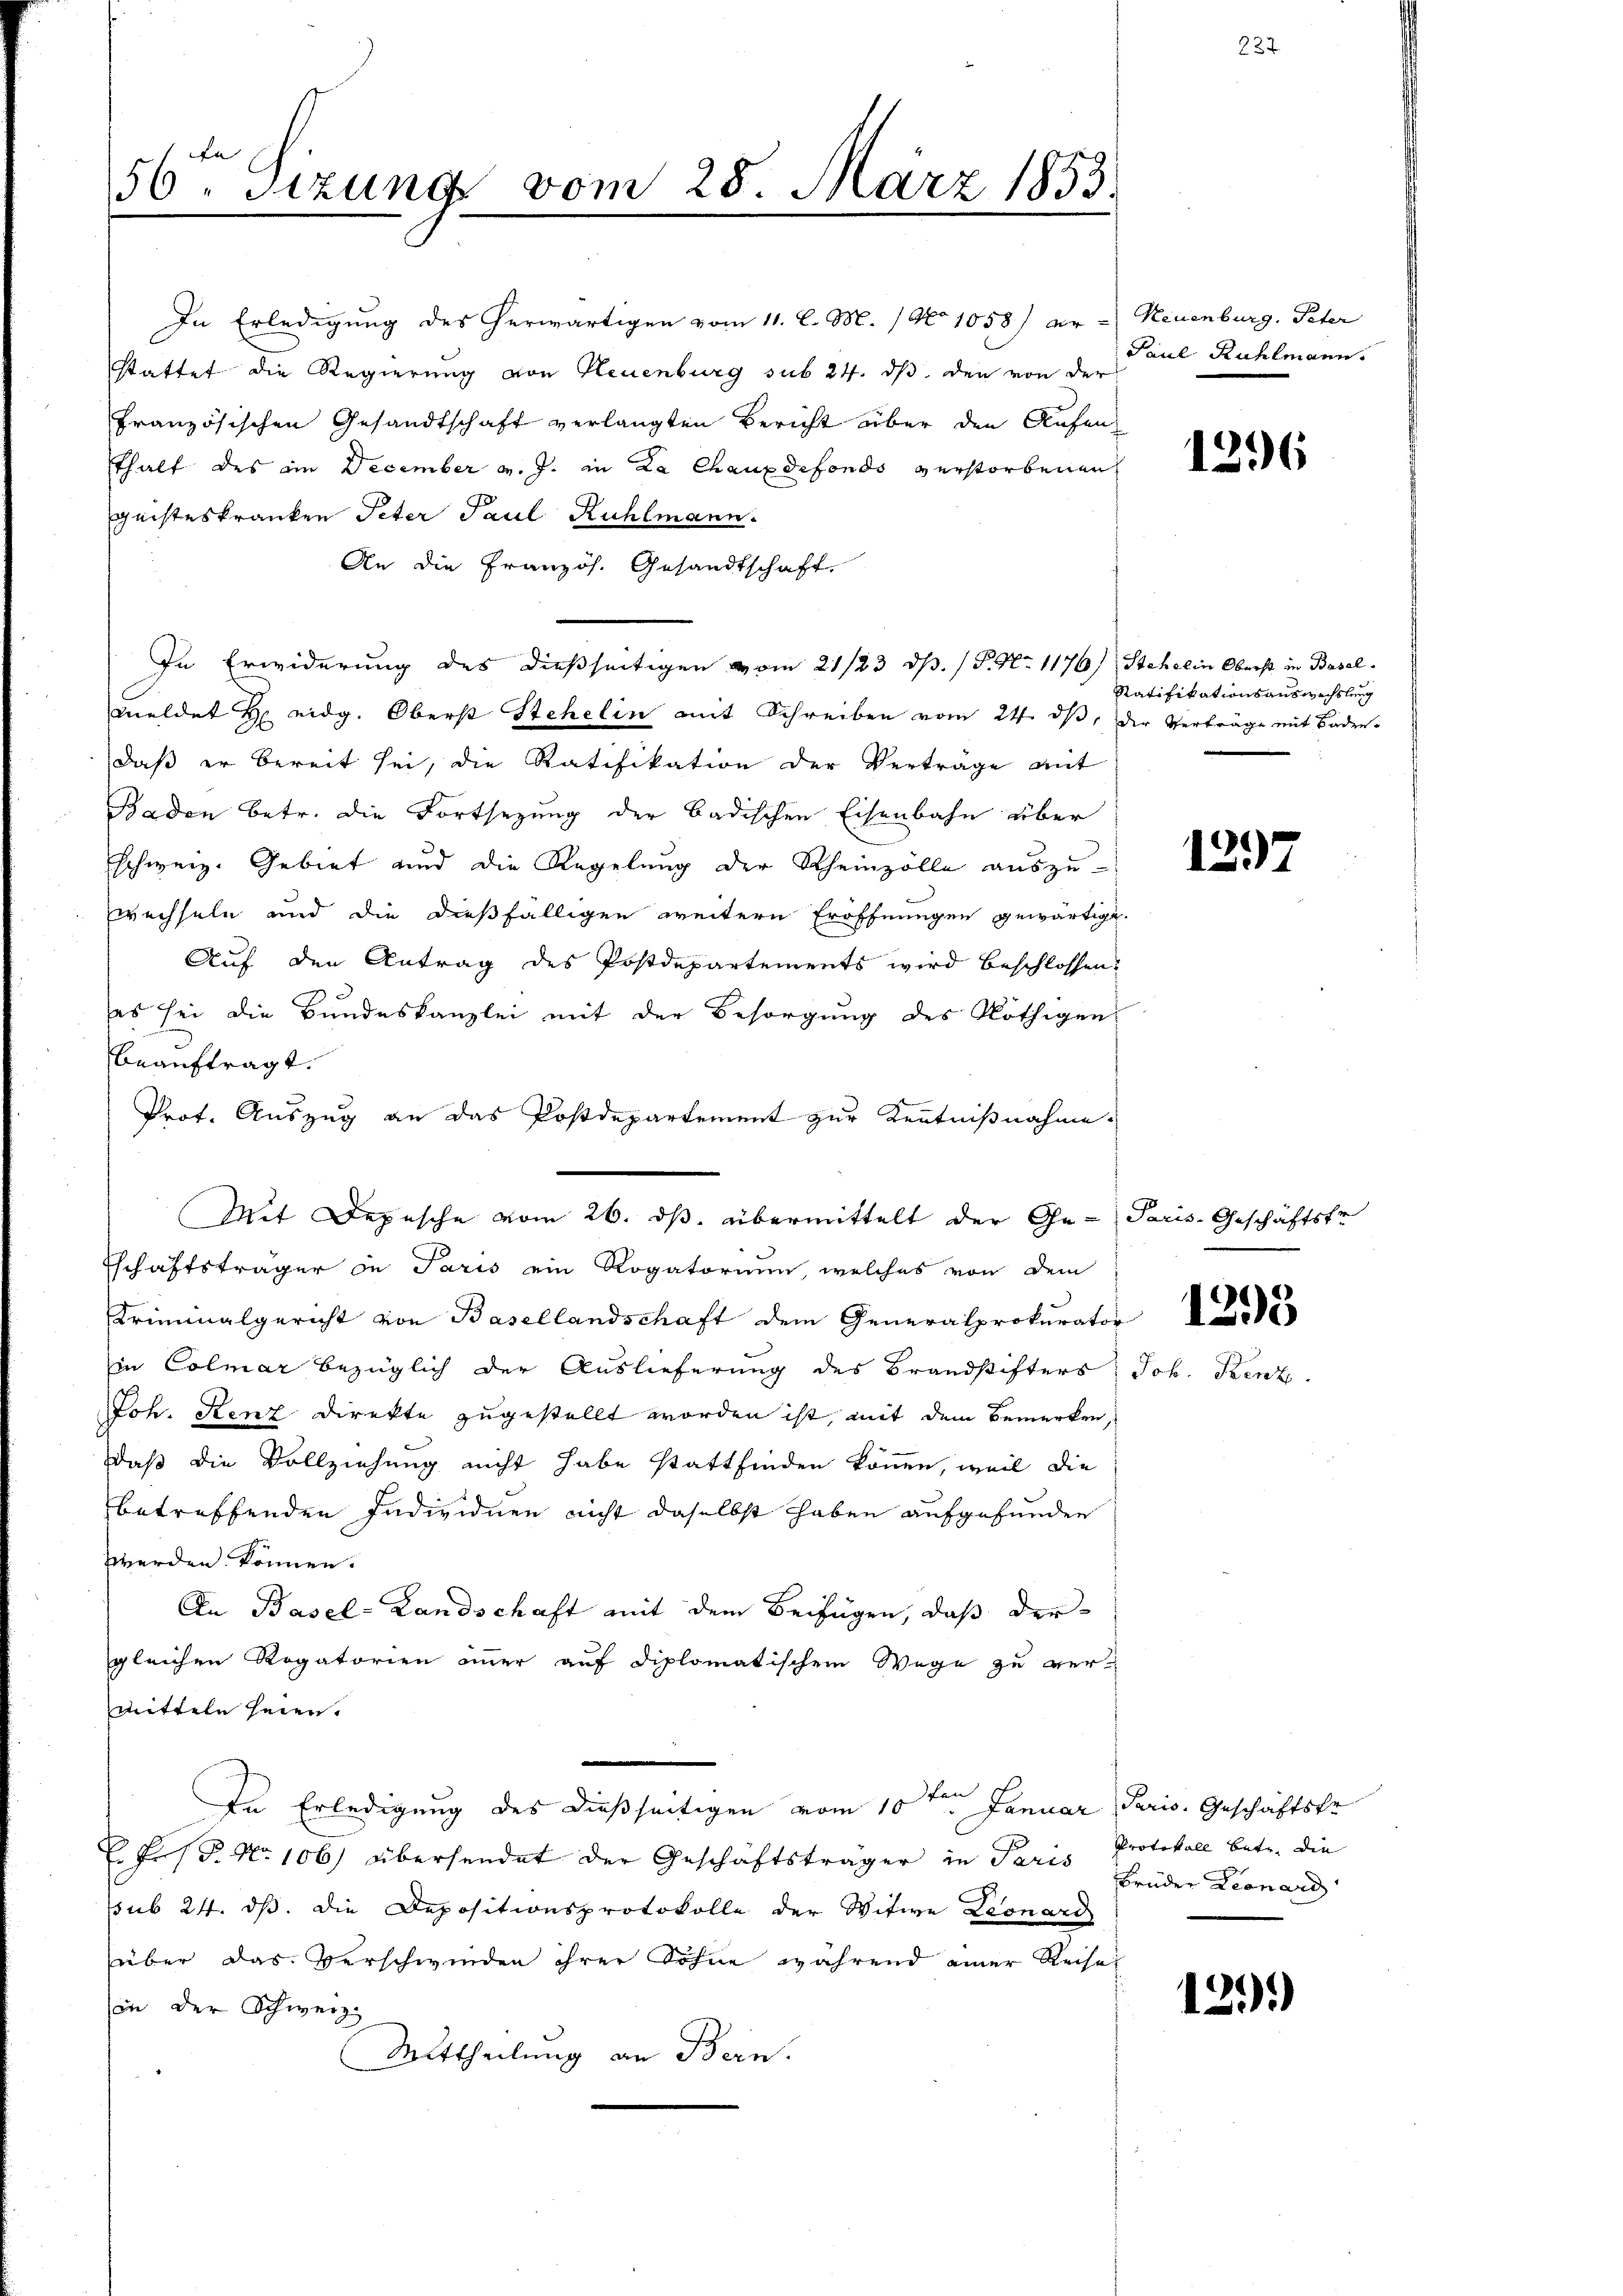
56ten Sizung vom 25. März 1853.

In Erledigung des herwärtigen vom 11. l. M. / No 1058) er - Neuenburg. Peter
stattet die Regierung von Neuenburg sub 24. ds. den von der
französischen Gesandtschaft verlangten Bericht über den Aufen
sthalt des am December v. J. in La Chauxdefondo verstorbenen
Geisteskranken Peter Paul Rühlmann.
An die Französ. Gesandtschaft.
In Erwiderung des dießseitigen vom 21/23. ds. / P. Nr. 1176) Stehelin Oberst in Baselmeldet H. eidg. Oberst Stehelin mit Schreiben vom 24. dβ, der Verträge mit Baden-
daß er bereit sei, die Ratifikation der Verträge mit
Baden betr. die Fortsezung der badischen Eisenbahn über
schweiz. Gebiet und die Regelung der Rheinzölle auszu-
wechseln und die dießfälligen weitern Eröffnungen gewärtigt.
Auf den Antrag des Postdepartements wird beschlossen:
es sei die Bundeskanzlei mit der Besorgung des Nöthigen
beauftragt.
Prof. Auszug an das Postdepartement zur Kenntnißnahme.
Mit Depesche vom 26. ds. übermittelt der Ge-Paris-Geschäftsfr
Tschaftsträger in Paris ein Rogatorium, welches von dem
Kriminalgericht von Basellandschaft dem Generalprokurator
in Colmar bezüglich der Auslieferung des Brandstifters: Joh. Fenz
Joh. Renz Direkte zugestellt worden ist, mit dem Bemerken,
Daß die Vollziehung nicht habe stattfinden können, weil die
betreffenden Individuen nicht daselbst haben aufgefunden
werden können.
An Basel-Landschaft mit dem Beifügen, daß der
gleichen Rogatorien immer auf diplomatischem Wege zu vermitteln seien.
n
In Erledigung des dießseitigen vom 10ten Januar Paris. Geschäftskr
E. F. P. Nr. 106) übersendet der Geschäftsträger in Paris Protokoll betr. die
ssub 24. ds. die Depositionsprotokolle der Witwe Leonard
über das Verschwinden ihrer Sohne während einer Reisel
(in der Schweiz.
Mittheilung an Bern.

Paul Rühlmann.

1296

Ratifikationsauswechslung

1297

1293

brüder Leonard

22

139)